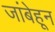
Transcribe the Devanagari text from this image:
जांबेहून